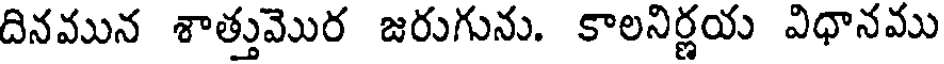
దినమున శాత్తుమొర జరుగును. కాలనిర్ణయ విధానము